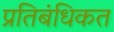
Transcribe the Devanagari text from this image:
प्रतिबंधिकत